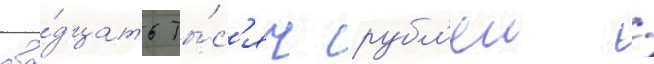
два́дцать ты́с'яч рубл'еи /